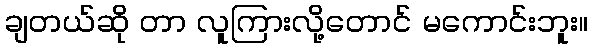
ချတယ်ဆို တာ လူကြားလို့တောင် မကောင်းဘူး။